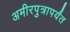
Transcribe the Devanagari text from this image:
अमीरपुत्रापर्यंत